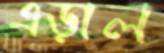
এড়াল